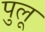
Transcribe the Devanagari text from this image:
पुलू